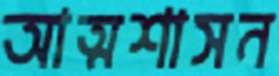
আত্মশাসন